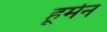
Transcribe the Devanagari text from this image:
हूर्मन